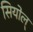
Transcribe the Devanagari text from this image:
सियोल्